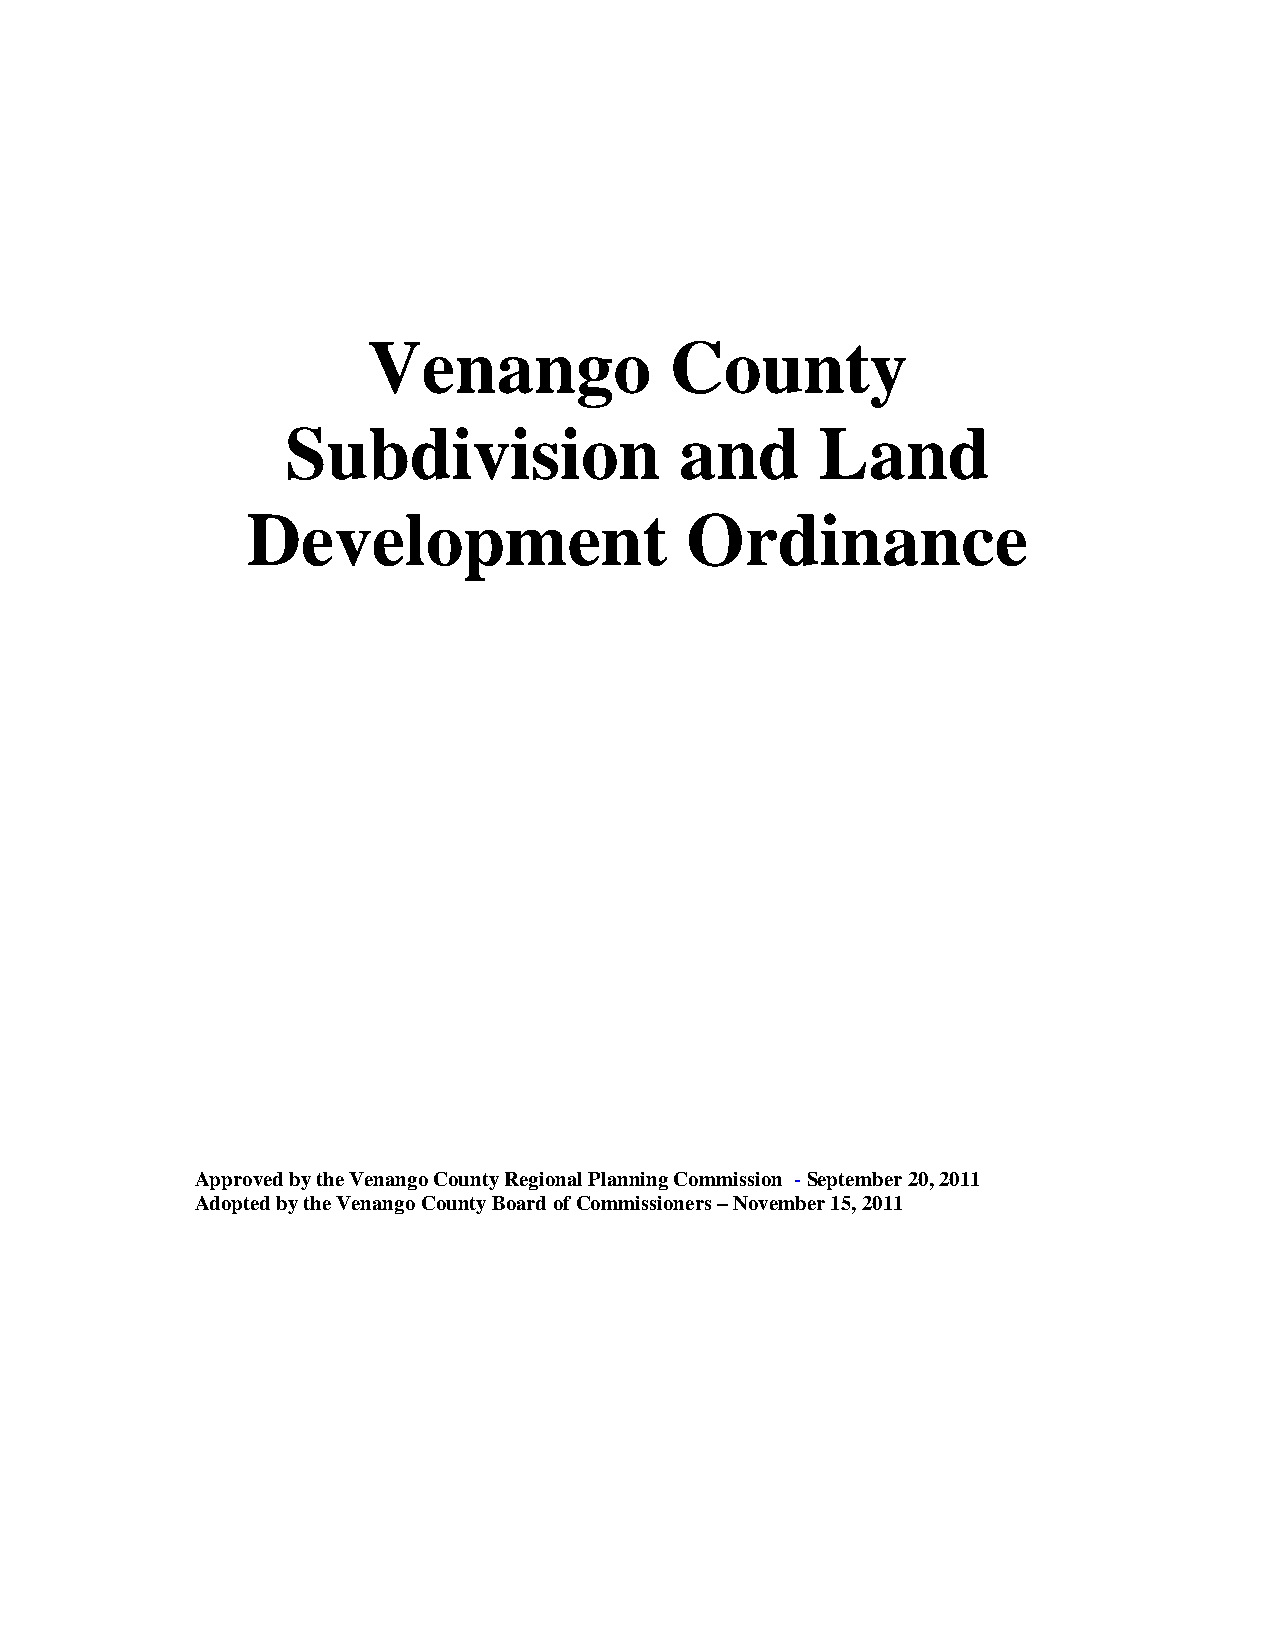
Venango             County
 Subdivision               and      Land
 Development                  Ordinance
 Approved by the Venango County Regional Planning Commission - September 20, 2011
 Adopted by the Venango County Board of Commissioners – November 15, 2011